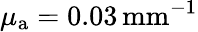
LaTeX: \mu_{\mathrm{a}}=0.03\, \mathrm{{mm}^{-1}}